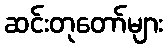
ဆင်းတုတော်များ